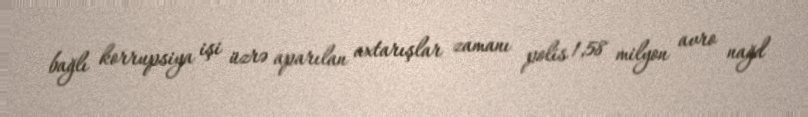
bağlı korrupsiya işi üzrə aparılan axtarışlar zamanı polis 1,58 milyon avro nağd